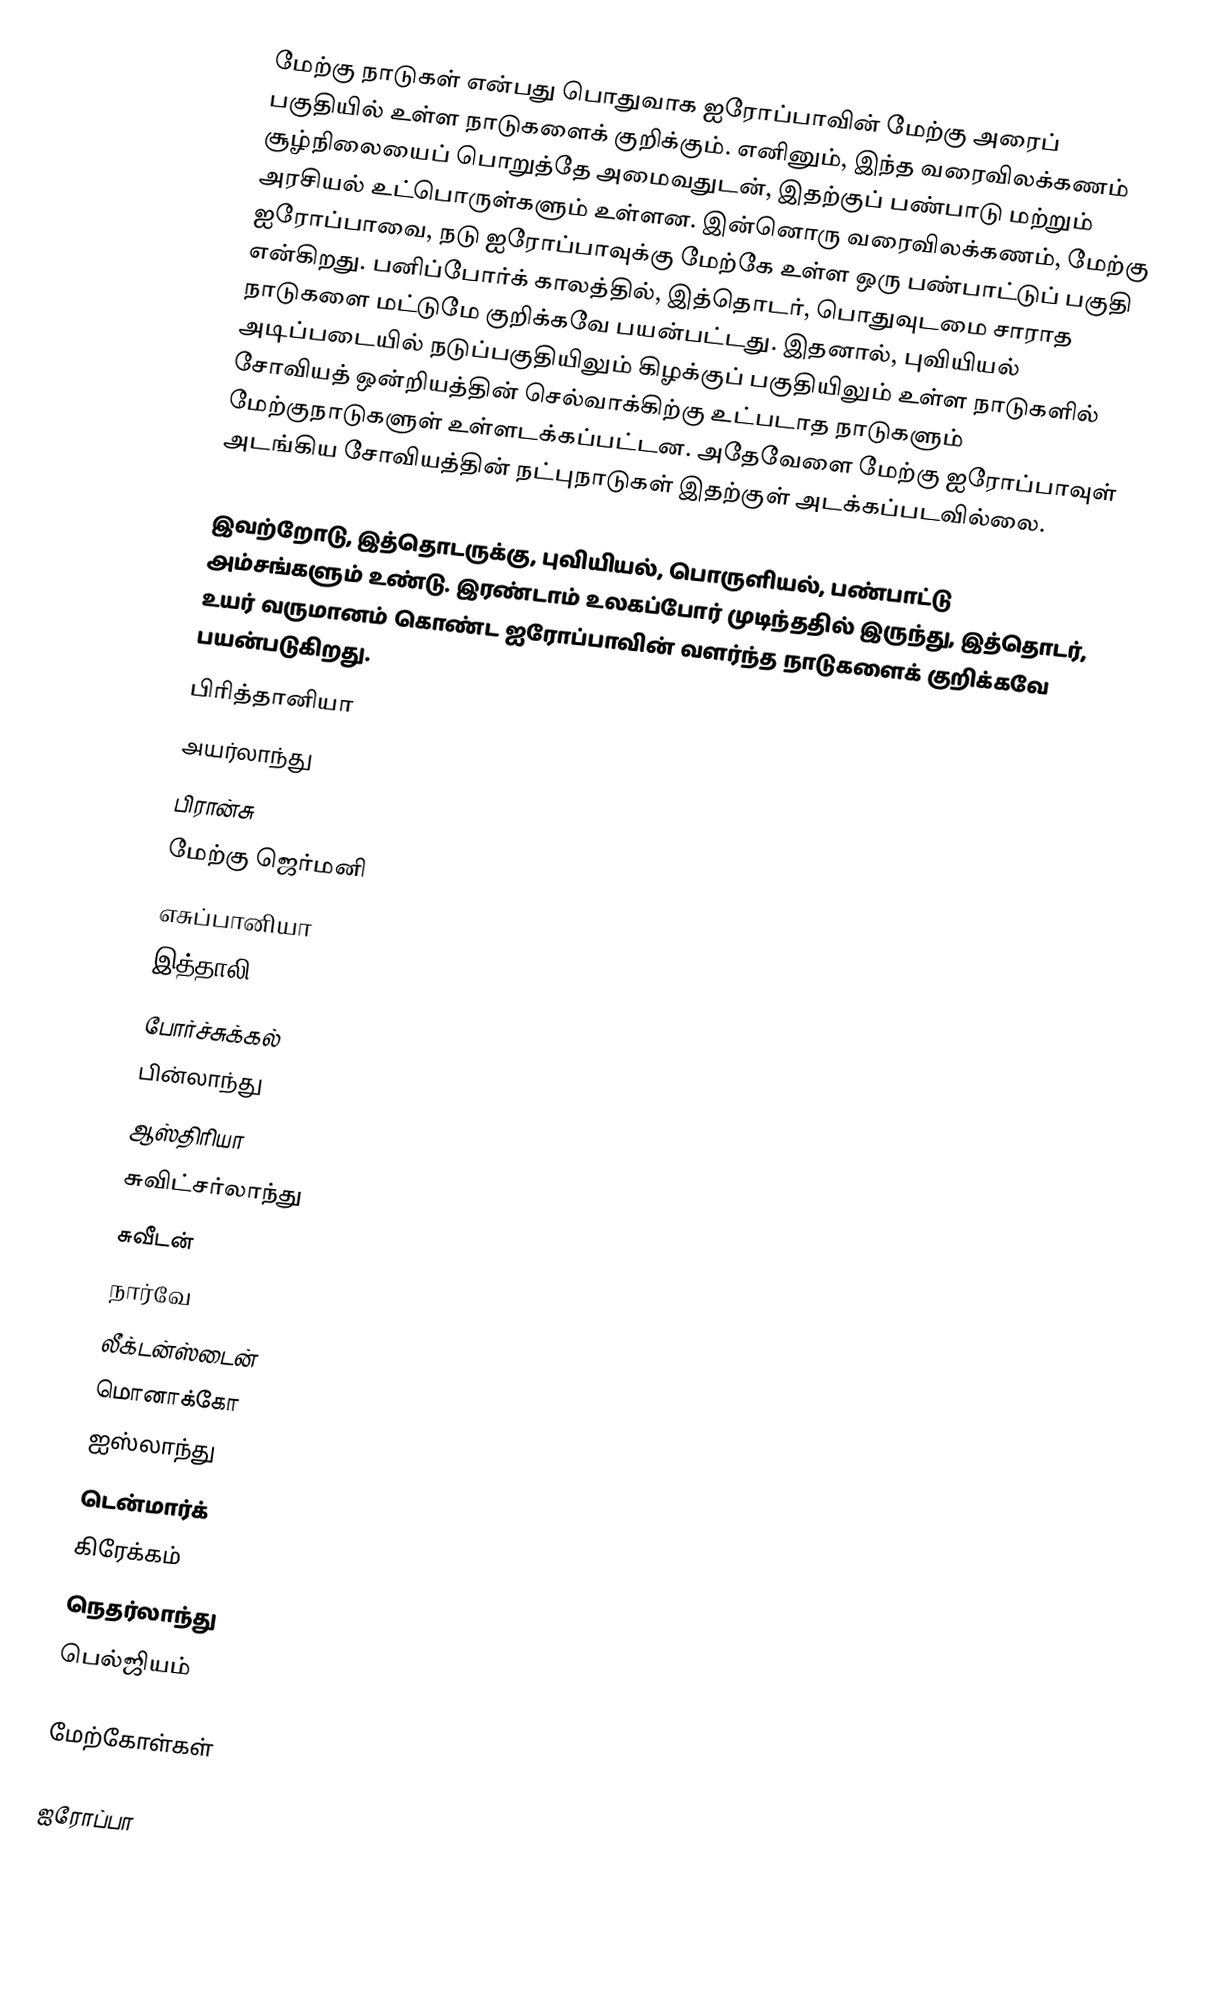
மேற்கு நாடுகள் என்பது பொதுவாக ஐரோப்பாவின் மேற்கு அரைப் பகுதியில் உள்ள நாடுகளைக் குறிக்கும். எனினும், இந்த வரைவிலக்கணம் சூழ்நிலையைப் பொறுத்தே அமைவதுடன், இதற்குப் பண்பாடு மற்றும் அரசியல் உட்பொருள்களும் உள்ளன. இன்னொரு வரைவிலக்கணம், மேற்கு ஐரோப்பாவை, நடு ஐரோப்பாவுக்கு மேற்கே உள்ள ஒரு பண்பாட்டுப் பகுதி என்கிறது. பனிப்போர்க் காலத்தில், இத்தொடர், பொதுவுடமை சாராத நாடுகளை மட்டுமே குறிக்கவே பயன்பட்டது. இதனால், புவியியல் அடிப்படையில் நடுப்பகுதியிலும் கிழக்குப் பகுதியிலும் உள்ள நாடுகளில் சோவியத் ஒன்றியத்தின் செல்வாக்கிற்கு உட்படாத நாடுகளும் மேற்குநாடுகளுள் உள்ளடக்கப்பட்டன. அதேவேளை மேற்கு ஐரோப்பாவுள் அடங்கிய சோவியத்தின் நட்புநாடுகள் இதற்குள் அடக்கப்படவில்லை.

இவற்றோடு, இத்தொடருக்கு, புவியியல், பொருளியல், பண்பாட்டு அம்சங்களும் உண்டு. இரண்டாம் உலகப்போர் முடிந்ததில் இருந்து, இத்தொடர், உயர் வருமானம் கொண்ட ஐரோப்பாவின் வளர்ந்த நாடுகளைக் குறிக்கவே பயன்படுகிறது.
பிரித்தானியா
அயர்லாந்து
பிரான்சு
மேற்கு ஜெர்மனி
எசுப்பானியா
இத்தாலி
போர்ச்சுக்கல்
பின்லாந்து
ஆஸ்திரியா
சுவிட்சர்லாந்து
சுவீடன்
நார்வே
லீக்டன்ஸ்டைன்
மொனாக்கோ
 ஐஸ்லாந்து
 டென்மார்க்
கிரேக்கம்
நெதர்லாந்து
பெல்ஜியம்

மேற்கோள்கள்

ஐரோப்பா